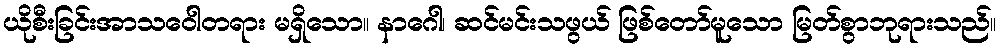
ယိုစီးခြင်းအာသဝေါတရား မရှိသော။ နာဂေါ၊ ဆင်မင်းသဖွယ် ဖြစ်တော်မူသော မြတ်စွာဘုရားသည်။